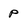
Character: p